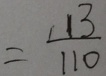
= \frac { 1 1 3 } { 1 1 0 }